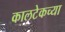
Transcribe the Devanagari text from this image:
कालटेकच्या